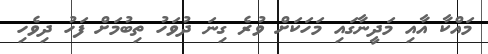
މައްކާ އާއި މަދީނާގައި މަހަކަށް ވުރެ ގިނަ ދުވަހު ތިބުމަށް ފަހު ދިވެހި